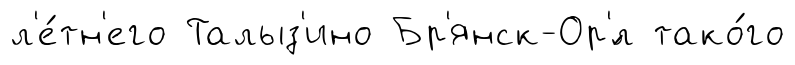
л'е́тн'его Талыз'ино Бр'янск-Ор'́л тако́го